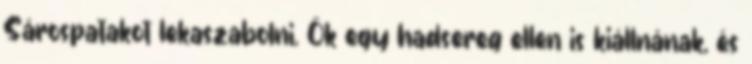
Sárospatakot lekaszabolni. Ők egy hadsereg ellen is kiállnának, és